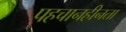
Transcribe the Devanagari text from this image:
पहचानहीनता